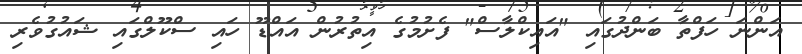
އަންނަ ހަފްތާ ބަންދުގައި "އައިކްލާސް" ފެށުމުގެ އިތުރުން އައްޑޫ ހައި ސްކޫލްގައި ޝައުގުވެރި